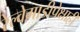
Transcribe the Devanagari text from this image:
रेल्वेगाडीपेक्षाही